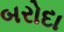
બરોદા